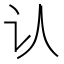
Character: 认